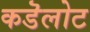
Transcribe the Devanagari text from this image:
कडॆलोट